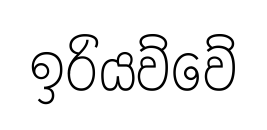
ඉරියව්වේ